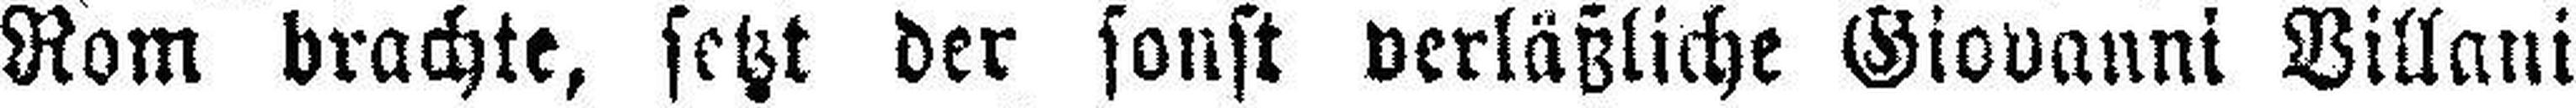
Rom brachte, setzt der sonst verläßliche Giovanni Villani